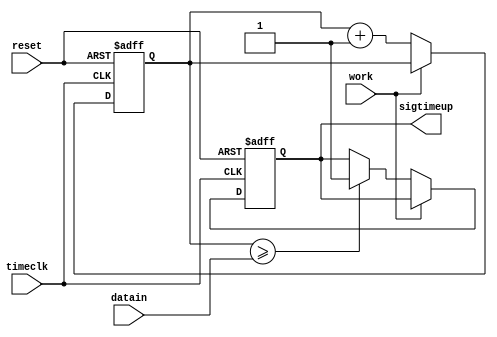
// singletimer.v

module singletimer( 
             reset,     //
             timeclk,   //
             datain,    //
             work,      //
             sigtimeup     //
             );

input  reset;           //
input  timeclk;         //
input  [15:0] datain;   //
input  work;            //


output sigtimeup;          //

reg    sigtimeup;          //
reg    [15:0] count;   //


always @ (posedge reset or posedge timeclk)
   begin
           if(reset)                      //
               begin
                     count <= 0;
                     sigtimeup <= 0;
               end    

           else
               begin                
                     if(!work)
                         begin
                               count <= count+1;
                               if(count >= datain)
                                  begin
                                        sigtimeup <= 1;
                                  end
                         end
               
               end              

   end

endmodule